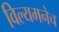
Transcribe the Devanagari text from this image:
विल्यमनेच